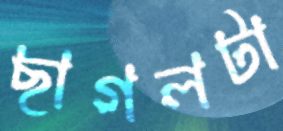
ছাগলটা